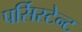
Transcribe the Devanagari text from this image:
पर्सिस्टेन्ट